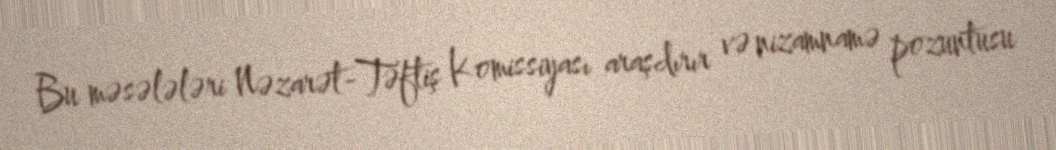
Bu məsələləri Nəzarət-Təftiş Komissiyası araşdırır və nizamnamə pozuntusu